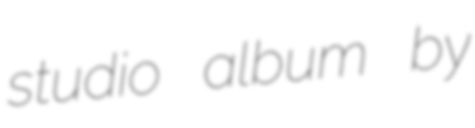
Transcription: studio album by